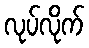
လုပ်လိုက်